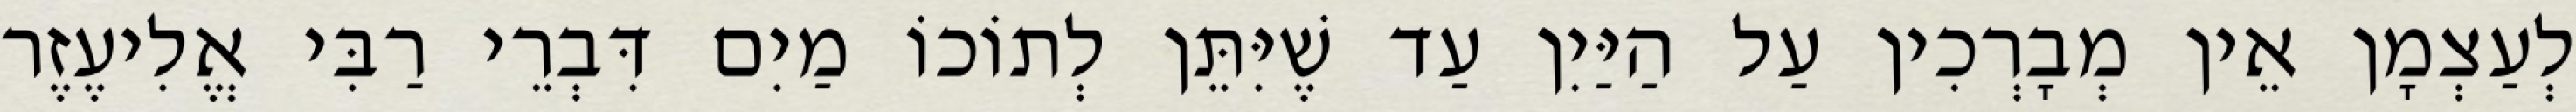
לְעַצְמָן אֵין מְבָרְכִין עַל הַיַּיִן עַד שֶׁיִּתֵּן לְתוֹכוֹ מַיִם דִּבְרֵי רַבִּי אֱלִיעֶזֶר